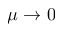
\mu \to 0